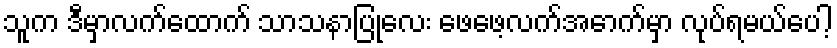
သူက ဒီမှာလက်ထောက် သာသနာပြုလေး ဖေဖေ့လက်အောက်မှာ လုပ်ရမယ်ပေါ့